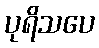
ပုရိသပေ